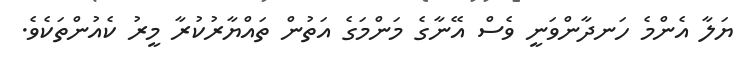
ޔަލާ އެންމެ ހަނދާންވަނީ ވެސް އޭނާގެ މަންމަގެ އަތުން ތައްޔާރުކުރާ މީރު ކެއުންތަކެވެ.